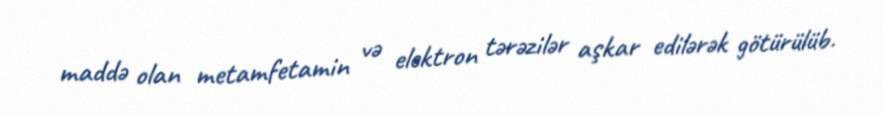
maddə olan metamfetamin və elektron tərəzilər aşkar edilərək götürülüb.